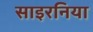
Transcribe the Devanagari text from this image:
साइरनिया